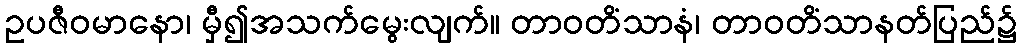
ဥပဇီဝမာနော၊ မှီ၍အသက်မွေးလျက်။ တာဝတိံသာနံ၊ တာဝတိံသာနတ်ပြည်၌